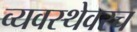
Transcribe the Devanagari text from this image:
व्यवस्थेवरच